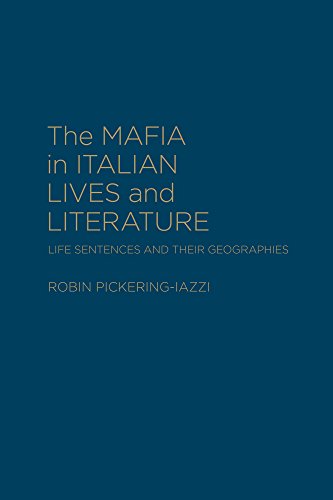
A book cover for The Mafia in Italian Lives and Literature: Life Sentences and Their Geographies (Cultural Spaces); Robin Pickering-Iazzi; Biographies & Memoirs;